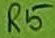
Text: R5